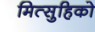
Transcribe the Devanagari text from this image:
मित्सुहिको